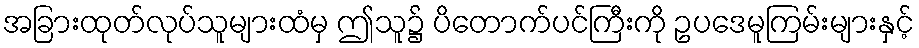
အခြားထုတ်လုပ်သူများထံမှ ဤသူ၌ ပိတောက်ပင်ကြီးကို ဥပဒေမူကြမ်းများနှင့်